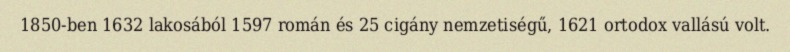
1850-ben 1632 lakosából 1597 román és 25 cigány nemzetiségű, 1621 ortodox vallású volt.